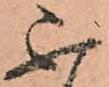
不